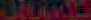
Some